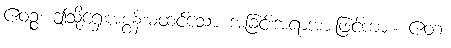
ဧဝဉ္စ၊ ဤသို့ရှေးအစွန်းမထင်သော အခြင်းအရာအားဖြင့်ကား။ ဧတံ၊